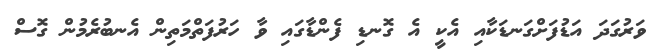
ވަރުގަދަ އަޑުފަށްގަނޑަކާއި އެކީ އެ ގޮނޑި ފެންޑާގައި ވާ ހަރުފަތްމަތިން އެނބުރެމުން ގޮސް